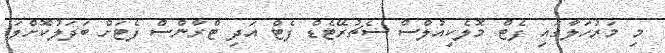
މި މަރުހަލާގައި ފެޓް މޮލެކިއުލްސް ސެޗުރޭޓެޑް ފެޓް އަދި ޓްރާންސް ފެޓަށް ބަދަލުކޮށްލަ